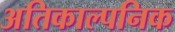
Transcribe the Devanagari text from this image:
अतिकाल्पनिक